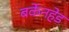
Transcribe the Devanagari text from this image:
बर्केनहेड